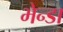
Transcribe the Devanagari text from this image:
भेन्डा